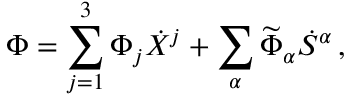
\Phi = \sum _ { j = 1 } ^ { 3 } \Phi _ { j } \dot { X } ^ { j } + \sum _ { \alpha } \widetilde { \Phi } _ { \alpha } \dot { S } ^ { \alpha } \, ,